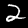
Digit: 2